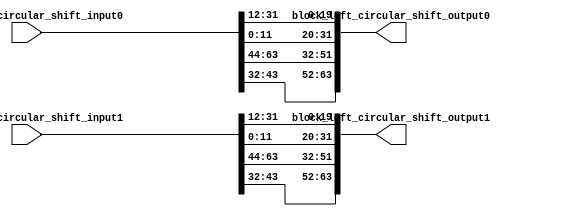
`timescale 1ns / 1ps
//////////////////////////////////////////////////////////////////////////////////
// Company: 
// Engineer: 
// 
// Design Name: 
// Module Name:    shared_block_left_circular_shift_20bit 
// Project Name: 
// Target Devices: 
// Tool versions: 
// Description: 
//
// Dependencies: 
//
// Revision: 
// Revision 0.01 - File Created
// Additional Comments: 
//
//////////////////////////////////////////////////////////////////////////////////
module shared_block_left_circular_shift_20bit(
	input [63:0] block_left_circular_shift_input0,
	input [63:0] block_left_circular_shift_input1,
	
    output [63:0] block_left_circular_shift_output0,
    output [63:0] block_left_circular_shift_output1
    );
	
	genvar i;
	generate
	for (i=0 ;i<2;i=i+1) begin: for_shift_block
		assign block_left_circular_shift_output0[(i+1)*32-1:i*32] = {block_left_circular_shift_input0[(i+1)*32-21:i*32], 
																	 block_left_circular_shift_input0[(i+1)*32-1:(i+1)*32-20]
																	};
		assign block_left_circular_shift_output1[(i+1)*32-1:i*32] = {block_left_circular_shift_input1[(i+1)*32-21:i*32], 
																	 block_left_circular_shift_input1[(i+1)*32-1:(i+1)*32-20]
																	};
	end
	endgenerate


endmodule